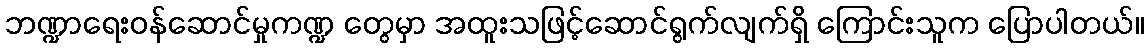
ဘဏ္ဍာရေးဝန်ဆောင်မှုကဏ္ဍ တွေမှာ အထူးသဖြင့်ဆောင်ရွက်လျက်ရှိ ကြောင်းသူက ပြောပါတယ်။